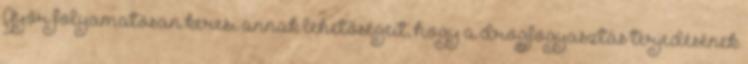
Győr folyamatosan keresi annak lehetőségeit, hogy a drogfogyasztás terjedésének